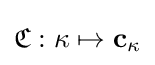
{\mathfrak {C}}:\kappa \mapsto \mathbf {c} _{\kappa }